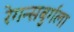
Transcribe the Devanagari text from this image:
रेगन्सबुर्गला